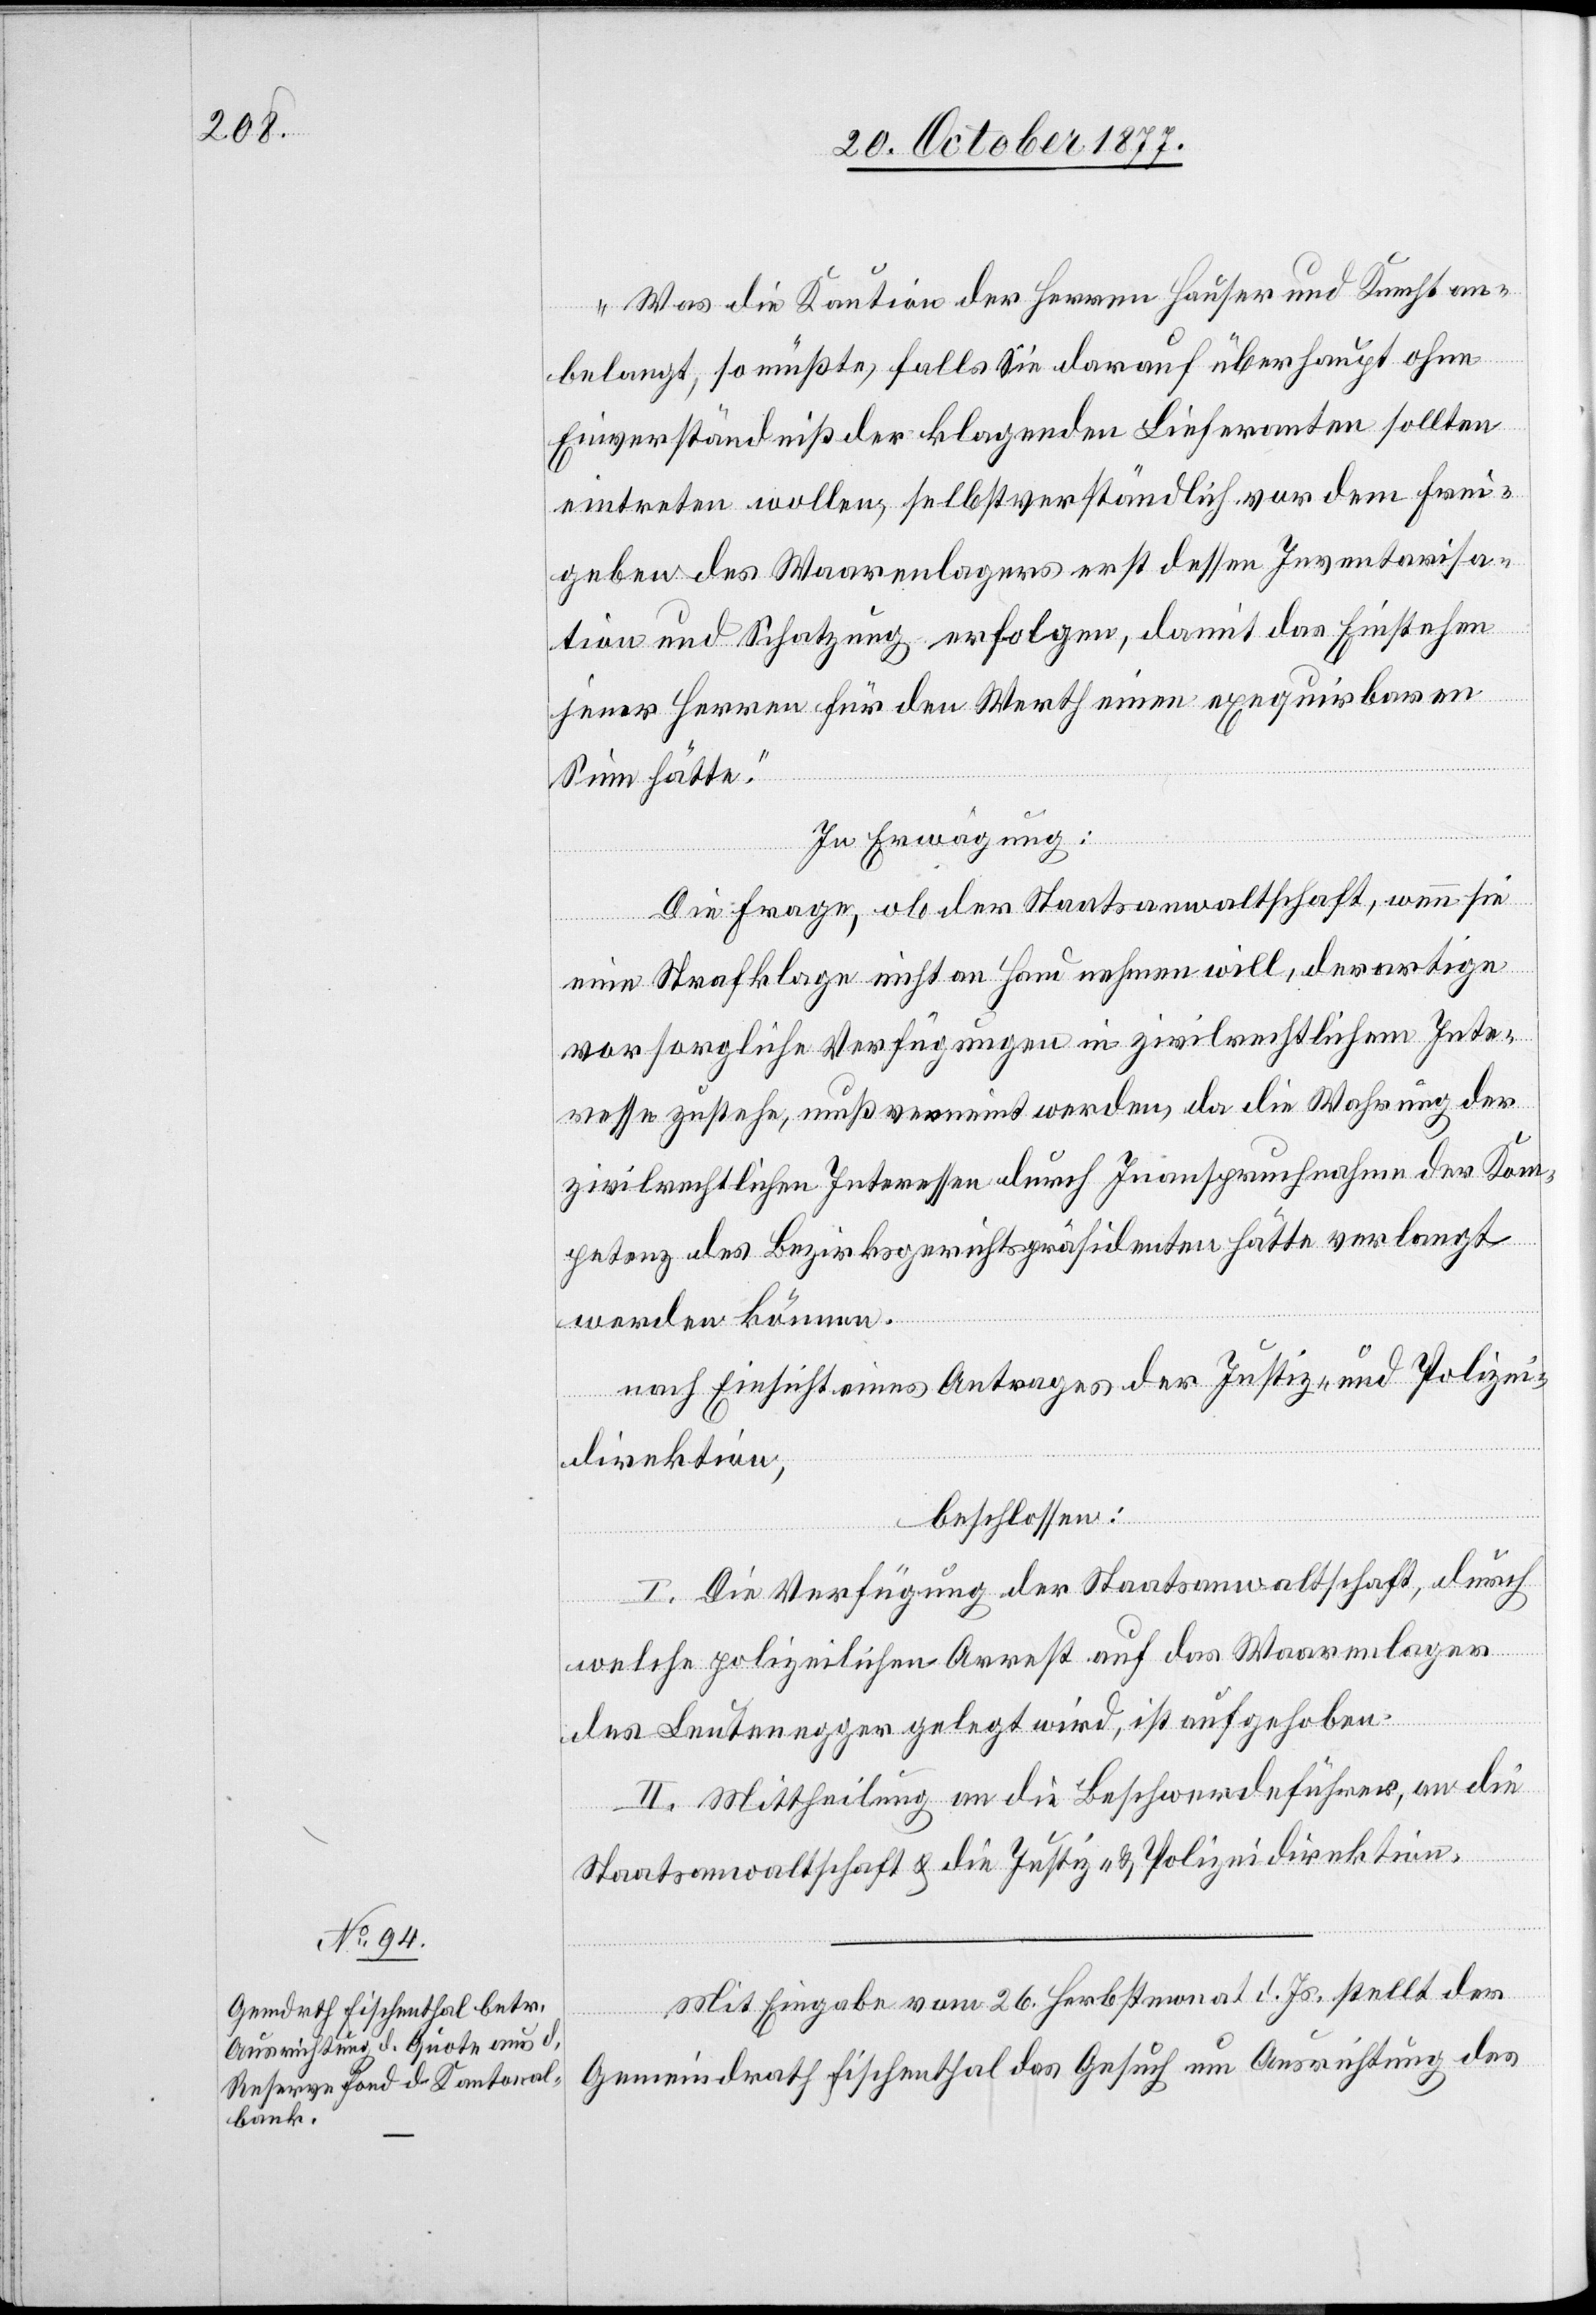
Mit Eingabe vom 26. Herbstmonat d. Js. stellt der
Gemeindrath Fischenthal das Gesuch um Ausrichtung des